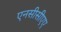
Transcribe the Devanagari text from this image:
एनसीसीएए